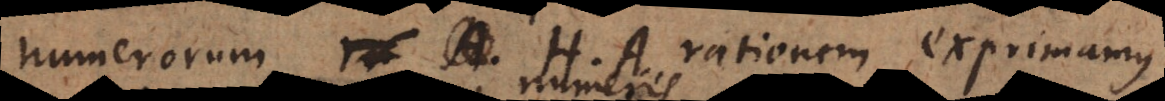
literarum HA rationem exprimamus